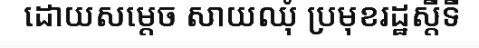
ដោយសម្តេច សាយឈុំ ប្រមុខរដ្ឋស្តីទី